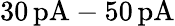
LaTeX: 30\, \mathrm{pA}-50\, \mathrm{pA}